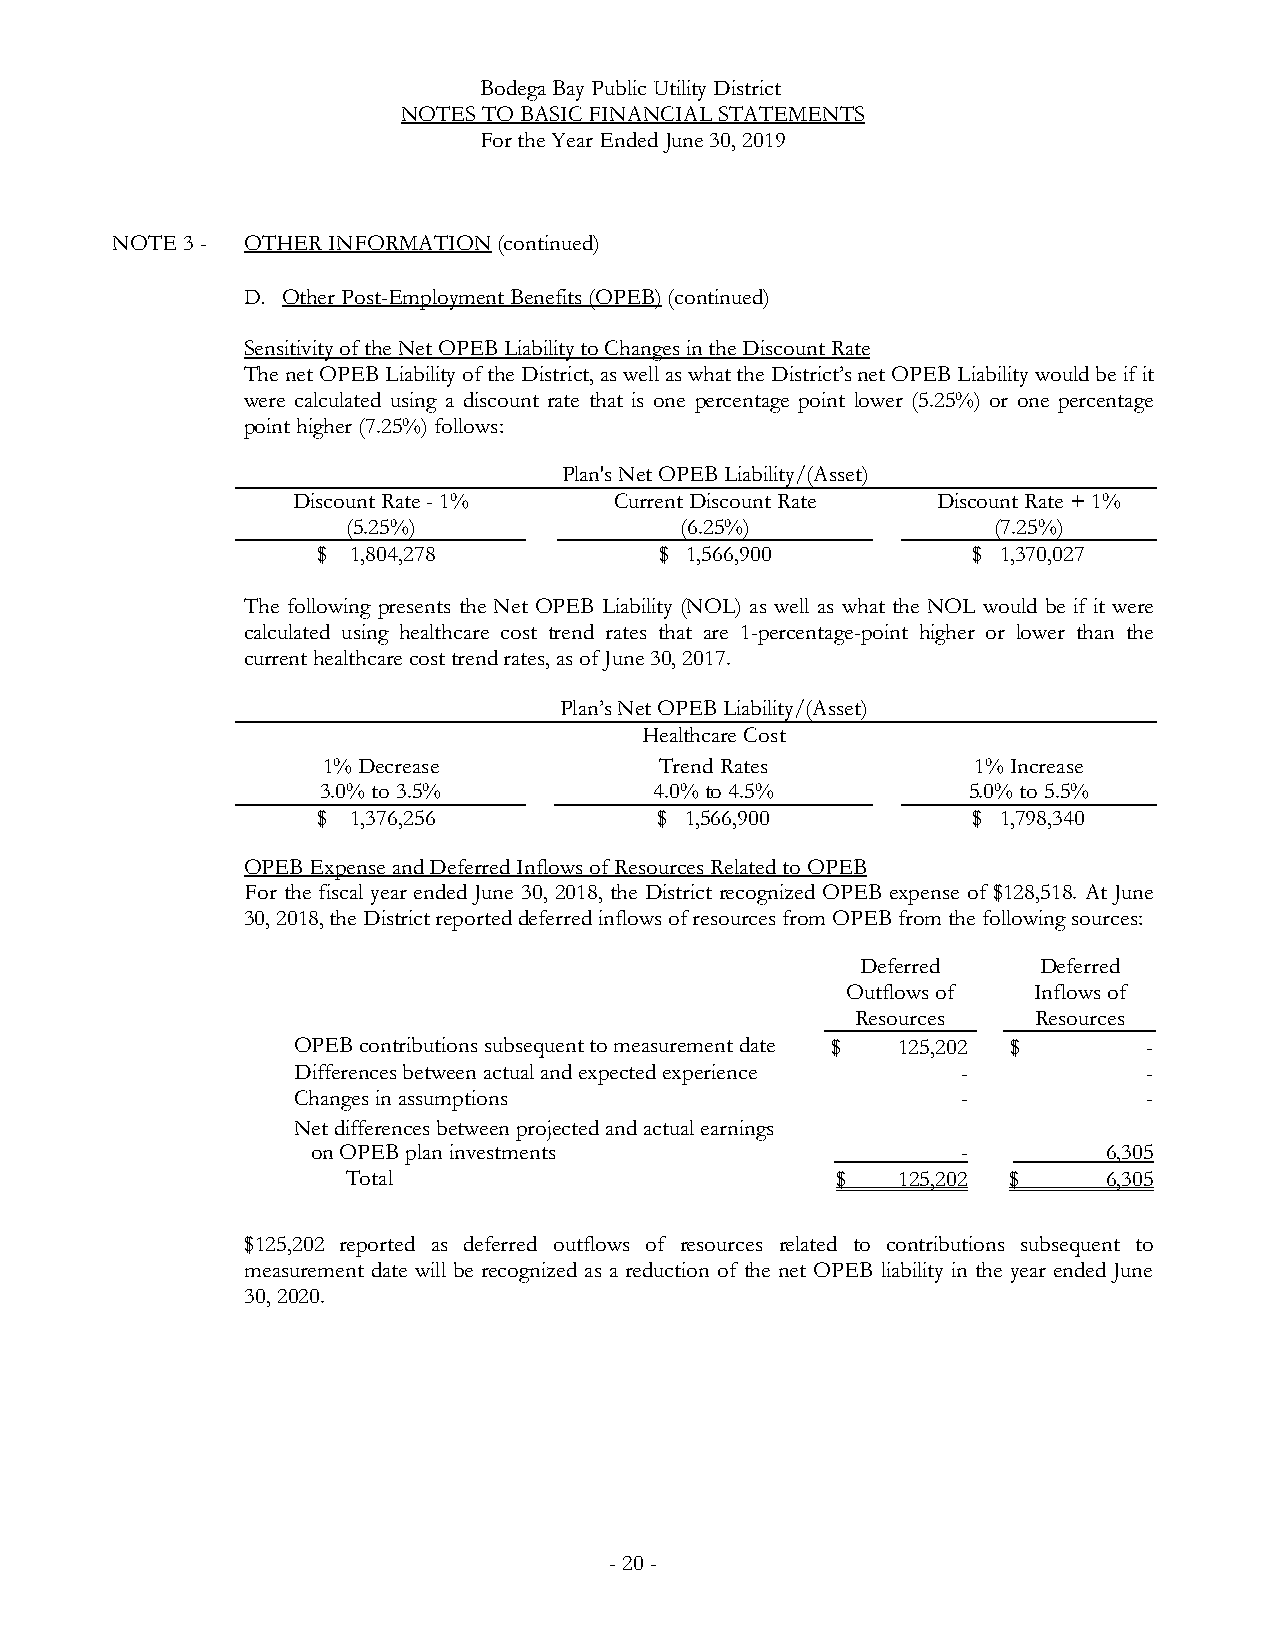
Bodega Bay Public Utility District
 NOTES TO BASIC FINANCIAL STATEMENTS
 For the Year Ended June 30, 2019
 NOTE 3 - OTHER INFORMATION(continued)
 D. Other Post-Employment Benefits (OPEB)(continued)
 Sensitivity of the Net OPEB Liability to Changes in the Discount Rate
 The net OPEB Liability of the District, as well as what the District’s net OPEB Liability would be if it
 were calculated using a discount rate that is one percentage point lower (5.25%) or one percentage
 point higher (7.25%)follows:
 Plan's Net OPEB Liability/(Asset)
 DiscountRate -1%      Current Discount Rate Discount Rate +1%
 (5.25%)               (6.25%)              (7.25%)
 $ 1,804,278            $ 1,566,900         $ 1,370,027
 The following presents the Net OPEB Liability (NOL) as well as what the NOL would be if it were
 calculated using healthcare cost trend rates that are 1-percentage-point higher or lower than the
 current healthcare cost trend rates, as of June 30, 2017.
 Plan’s Net OPEB Liability/(Asset)
 Healthcare Cost
 1% Decrease            Trend Rates          1% Increase
 3.0% to 3.5%          4.0% to 4.5%         5.0% to 5.5%
 $ 1,376,256            $ 1,566,900         $ 1,798,340
 OPEB Expense and Deferred Inflows of Resources Related to OPEB
 For the fiscal year ended June 30, 2018, the District recognized OPEB expense of $128,518. At June
 30, 2018, the District reported deferred inflows of resources from OPEB from the following sources:
 Deferred    Deferred
 Outflows of Inflows of
 Resources   Resources
 OPEB contributions subsequent to measurement date $ 125,202 $ -
 Differences between actual and expected experience -     -
 Changes in assumptions                       -           -
 Net differences between projected and actual earnings
 on OPEB plan investments                   -        6,305
 Total                           $   125,202 $     6,305
 $125,202 reported as deferred outflows of resources related to contributions subsequent to
 measurement date will be recognized as a reduction of the net OPEB liability in the year ended June
 30, 2020.
 -20-